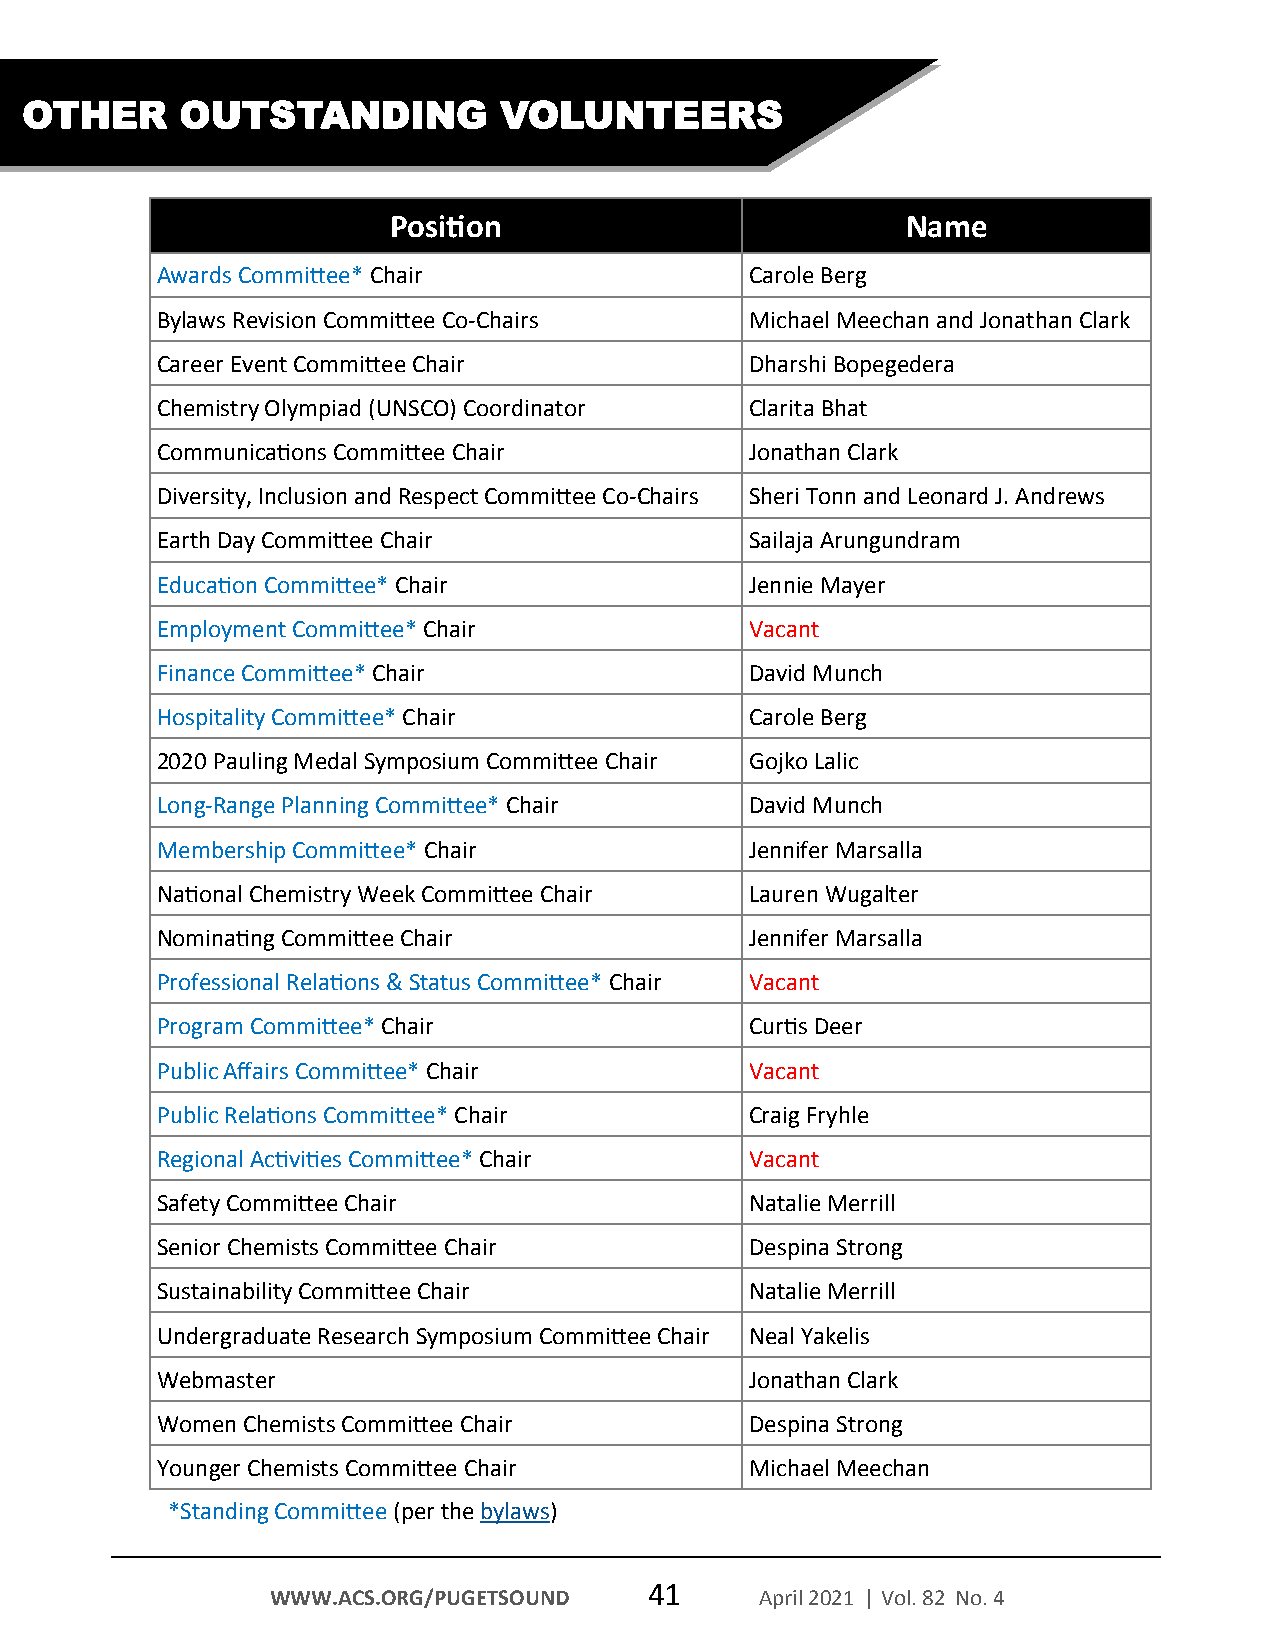
OTHER      OUTSTANDING          VOLUNTEERS
 Position                          Name
 Awards Committee* Chair                 Carole Berg
 Bylaws Revision Committee Co-Chairs     Michael Meechan and Jonathan Clark
 Career Event Committee Chair            Dharshi Bopegedera
 Chemistry Olympiad (UNSCO) Coordinator  Clarita Bhat
 Communications Committee Chair          Jonathan Clark
 Diversity, Inclusion and Respect Committee Co-Chairs Sheri Tonn and Leonard J. Andrews
 Earth Day Committee Chair               Sailaja Arungundram
 Education Committee* Chair              Jennie Mayer
 Employment Committee* Chair             Vacant
 Finance Committee* Chair                David Munch
 Hospitality Committee* Chair            Carole Berg
 2020 Pauling Medal Symposium Committee Chair Gojko Lalic
 Long-Range Planning Committee* Chair    David Munch
 Membership Committee* Chair             Jennifer Marsalla
 National Chemistry Week Committee Chair Lauren Wugalter
 Nominating Committee Chair              Jennifer Marsalla
 Professional Relations & Status Committee* Chair Vacant
 Program Committee* Chair                Curtis Deer
 Public Affairs Committee* Chair         Vacant
 Public Relations Committee* Chair       Craig Fryhle
 Regional Activities Committee* Chair    Vacant
 Safety Committee Chair                  Natalie Merrill
 Senior Chemists Committee Chair         Despina Strong
 Sustainability Committee Chair          Natalie Merrill
 Undergraduate Research Symposium Committee Chair Neal Yakelis
 Webmaster                               Jonathan Clark
 Women Chemists Committee Chair          Despina Strong
 Younger Chemists Committee Chair        Michael Meechan
 *Standing Committee (per the bylaws)
 41
 WWW.ACS.ORG/PUGETSOUND          April 2021 | Vol. 82 No. 4